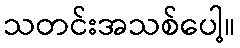
သတင်းအသစ်ပေါ့။